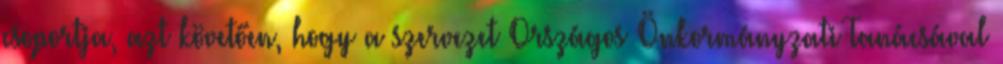
csoportja, azt követően, hogy a szervezet Országos Önkormányzati Tanácsával